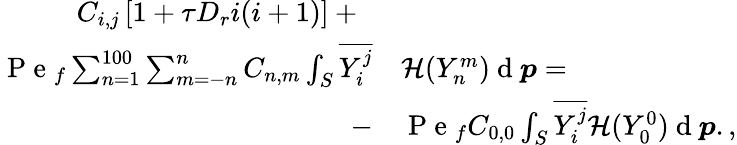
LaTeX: \begin{array}{rl}{C_{i,j}\left[1+\tau D_{r}i(i+1)\right]+\; \; }&{{}}\\ {\mathrm{~P~e~}_{f}\sum_{n=1}^{100}\sum_{m=-n}^{n}C_{n,m}\int_{S}\overline{{Y_{i}^{j}}}}&{{}\mathcal{H}(Y_{n}^{m})\mathrm{~d~}\boldsymbol{p}=}\\ {-}&{{}\mathrm{~P~e~}_{f}C_{0,0}\int_{S}\overline{{Y_{i}^{j}}}\mathcal{H}(Y_{0}^{0})\mathrm{~d~}\boldsymbol{p}.,}\end{array}